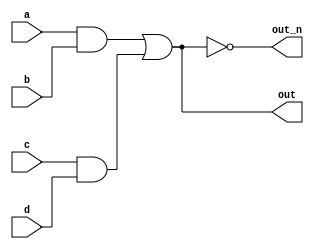
module top_module(
    input a,
    input b,
    input c,
    input d,
    output out,
    output out_n   ); 
   
    wire and1, and2;
    assign and1 = a & b;
    assign and2 = c & d;
    assign out = and1 | and2;
    assign out_n = ~out;

endmodule